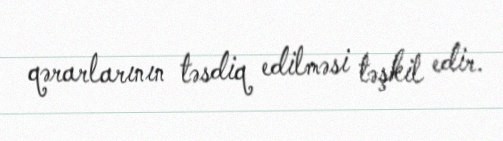
qərarlarının təsdiq edilməsi təşkil edir.